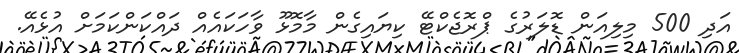
އަދި 500 މިލިއަން ޑޮލަރުގެ ޕްރޮޖެކްޓޭ ކިޔައިގެން މާމޮޅޫ ވާހަކައެއް ދައްކަންކަމަށް އުޅެއޭ.